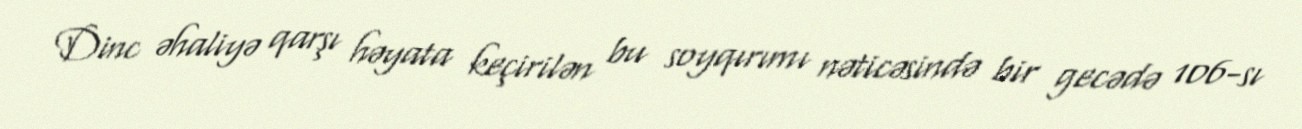
Dinc əhaliyə qarşı həyata keçirilən bu soyqırımı nəticəsində bir gecədə 106-sı